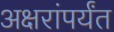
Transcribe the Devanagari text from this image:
अक्षरांपर्यंत